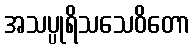
အသပ္ပုရိသသေဝိတော